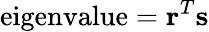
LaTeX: {\mathrm{eigenvalue}}=\mathbf{r}^{T}\mathbf{s}